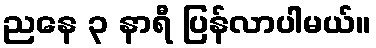
ညနေ ၃ နာရီ ပြန်လာပါမယ်။